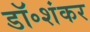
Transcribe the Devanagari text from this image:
डॉ॰शंकर